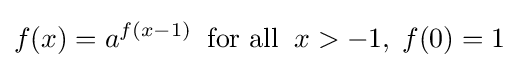
f(x)=a^{f(x-1)}\;\;{\text{for all}}\;\;x>-1,\;f(0)=1